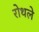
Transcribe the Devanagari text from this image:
रोथले